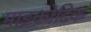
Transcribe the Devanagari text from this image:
माइकोटिक